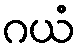
ဂယံ